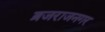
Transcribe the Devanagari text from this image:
ब्रजराजनगर